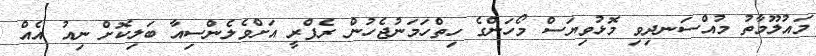
މައުލޫމާތު މުއްސަނދިވި މޮޅުވިޔަސް މޯހަންގެ ހިތްހަމަނުޖެހުން ރެފްރީ އަށްވެލެންސިއާ ބަލިކޮށް ނިއު އެއް